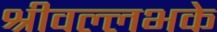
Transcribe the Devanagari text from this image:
श्रीवल्लभके